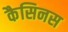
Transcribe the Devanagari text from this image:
कैसिनस